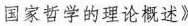
国家哲学的理论概述》